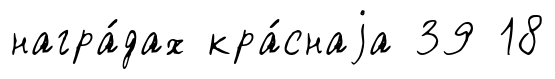
награ́дах кра́снаjа 39 18